Sketch of the medical history of the native army of Bombay, for the year
Year: 1875
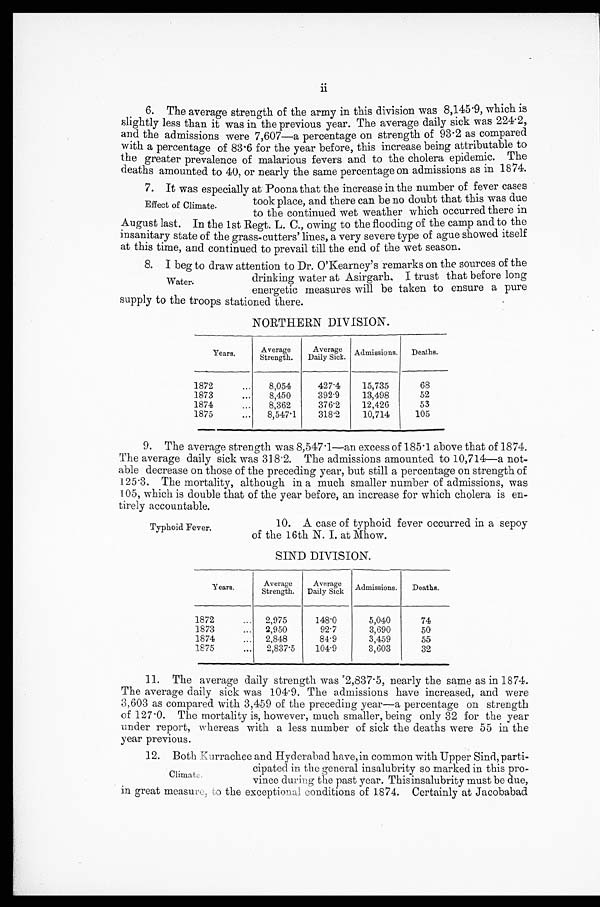
ii
6. The average strength of the army in this division was 8,145.9, which is
slightly less than it was in the previous year. The average daily sick was 224.2,
and the admissions were 7,607—a percentage on strength of 93.2 as compared.
with a percentage of 83.6 for the year before, this increase being attributable to
the greater prevalence of malarious fevers and to the cholera epidemic. The
deaths amounted to 40, or nearly the same percentage on admissions as in 1874.
7. It was especially at Poona that the increase in the number of fever cases
took place, and there can be no doubt that this was due
to the continued wet weather which occurred there in
August last. In the 1st Regt. L. C., owing to the flooding of the camp and to the
insani tary state of the grass-cutters' lines, a very severe type of ague showed itself
at this time, and continued to prevail till the end of the wet season.
8. I beg to draw attention to Dr. O'Kearney's remarks on the sources of the
drinking water at Asirgarh. I trust that before long
energetic measures will be taken to ensure a pure
supply to the troops stationed there.
NORTHERN DIVISION.
Years.
Strength.
A v e r a g e . Daily Sick.
Average Admissions. Deaths.
1872
8,054
427.4
15,735
68
1873
8,450
392.9
13,498
52
1874
8,362
376.2
12,426
53
1875
8,547.1
318.2
10,714
105
9. The average strength was 8,547.1—an excess of 185.1 above that of 1874,
The average daily sick was 318.2. The admissions amounted to 10,714—a not-
able decrease on those of the preceding year, but still a percentage on strength of
125.3. The mortality, although in a much smaller number of admissions, was
105, which is double that of the year before, an increase for which cholera is en-
tirely accountable.
Effect of Climate.
Water.
Typhoid Fever.
10. A case of typhoid fever occurred in a sepoy
of the 16th N. I. at Mhow.
SIND DIVISION.
Years.
Average
Strength.
Average
Daily Sick Admissions.
Deaths.
1872
2,975
148.0
5,040
74
1873
2,950
92.7
3,690
50
1874
2,848
84.9
3,459
55
1875
2,837.5
104.9
3,603
32
11. The average daily strength was 2,837.5, nearly the same as in 1874.
The average daily sick was 104.9. The admissions have increased, and were
3,603 as compared with 3,459 of the preceding year—a percentage on strength
of 127.0. The mortality is, however, much smaller, being only 32 for the year
under report, whereas with a less number of sick the deaths were 55 in the
year previous.
12. Both Kurrachee and Hyderabad have, in common with Upper Sind, parti-
cipated in the general insalubrity so marked in this pro-
vince during the past year. This insalubrity must be due,
in great measure, the exceptional conditions of 1874. Certainly at Jacobabad
Climate.